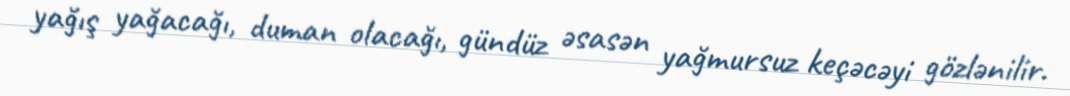
yağış yağacağı, duman olacağı, gündüz əsasən yağmursuz keçəcəyi gözlənilir.